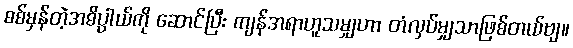
စစ်မှန်တဲ့အဓိပ္ပာယ်ကို ဆောင်ပြီး ကျန်အရာဟူသမျှဟာ တံလှပ်မျှသာဖြစ်တယ်ဗျ။